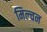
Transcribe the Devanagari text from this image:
मिल्चन